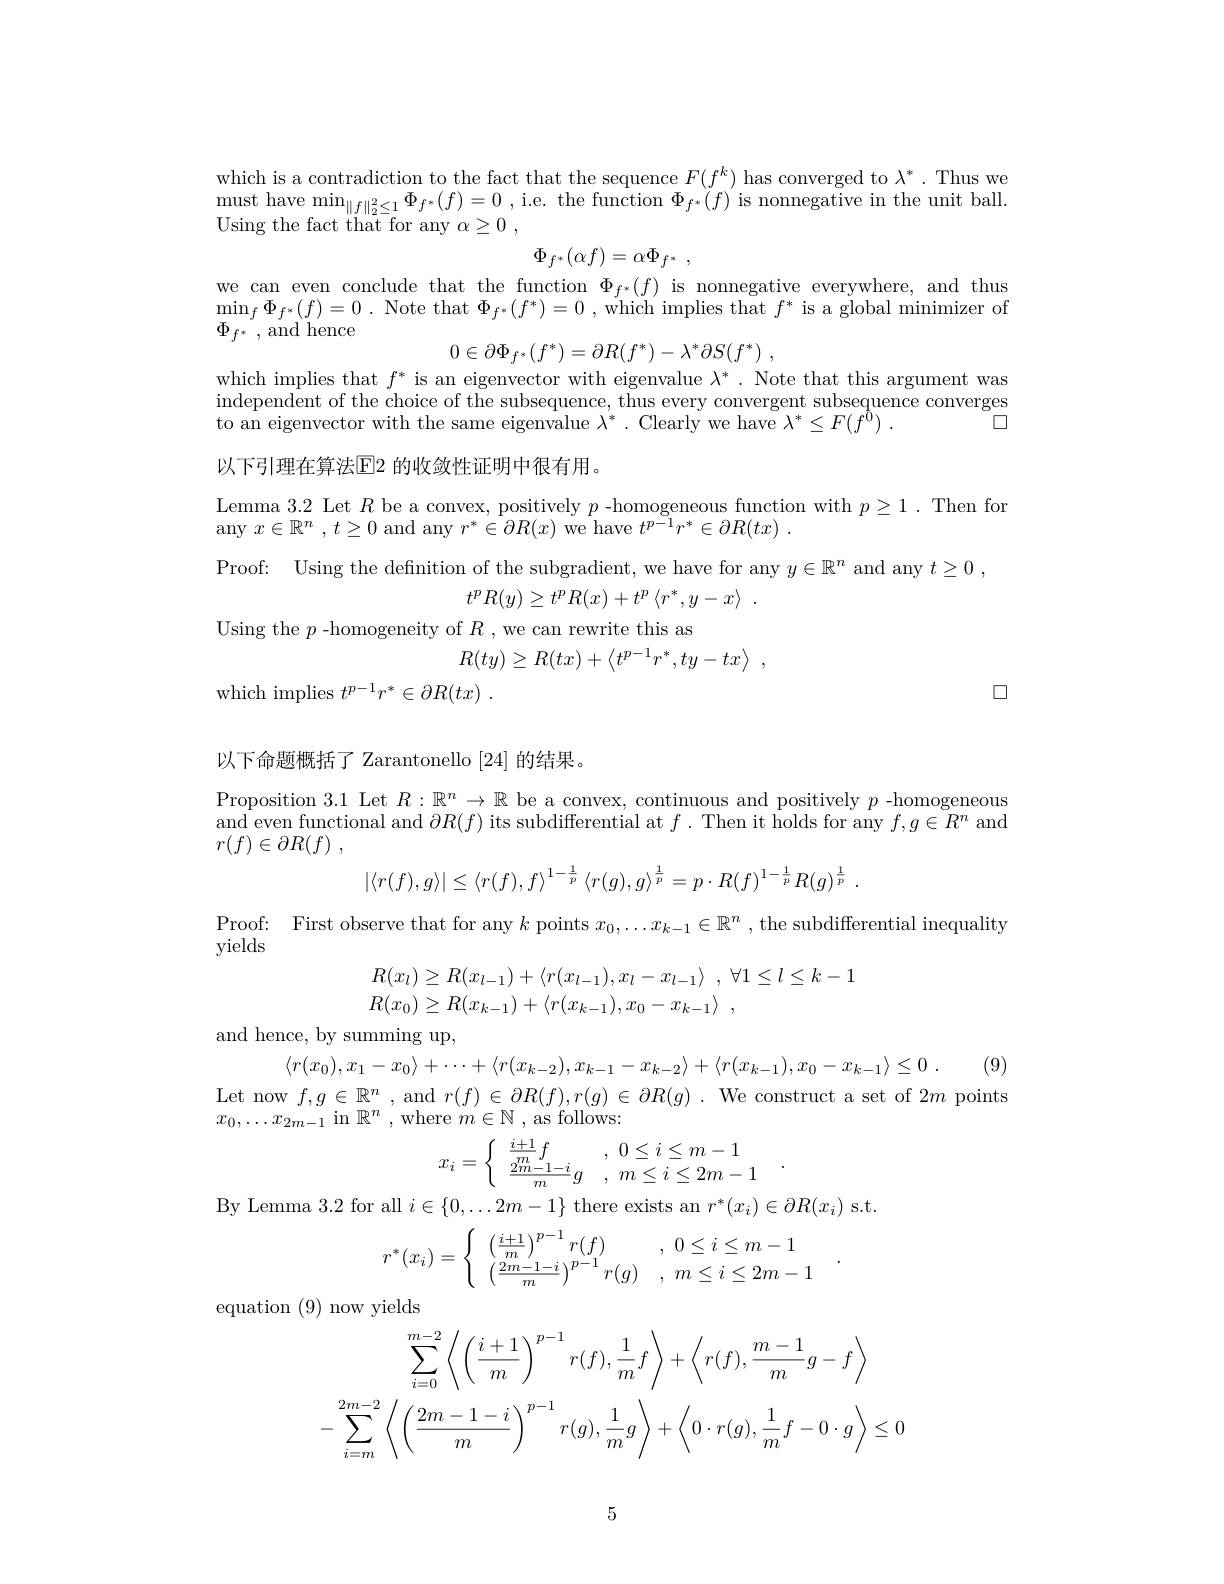
which is a contradiction to the fact that the sequence $F(f^k)$ has converged to $\lambda^*.$ Thus we $\begin{array}{l}{\mathrm{must~have~min}_{\|f\|_{2}^{2}\leq1}\Phi_{f^{*}}(f)=0~,~\mathrm{i.e.~the~function~}\Phi_{f^{*}}(f)~\mathrm{is~nonnegative~in~the~unit~ball.}}\\{\mathrm{r.~}\phi_{1},\phi_{1},\phi_{1},\phi_{1},\phi_{1},\phi_{1},\phi_{1},\phi_{1},\phi_{1},\phi_{1},\phi_{1},\phi_{1},\phi_{1},\phi_{1},\phi_{1},\phi_{1},\phi_{1}\}}\\{\mathrm{r.~}\phi_{1},\phi_{1},\phi_{}}\end{array}$ Using the fact that for any $\alpha \geq 0$ ,
$$\Phi_{f^*}(\alpha f)=\alpha\Phi_{f^*}\:,$$
we can even conclude that the function $\Phi_{f^*}(f)$ is nonnegative everywhere, and thus $\operatorname* { min} _{f}\Phi _{f^{* }}( f) = 0$ . Note that $\Phi _{f^{* }}( f^{* }) = 0$ , which implies that $f^{*}$ is a global minimizer of $\Phi _{f^* }$ ,and hence
$$0\in\partial\Phi_{f^*}(f^*)=\partial R(f^*)-\lambda^*\partial S(f^*)\:,$$
which implies that $f^*$ is an eigenvector with eigenvalue $\lambda^*.$ Note that this argument was independent of the choice of the subsequence, thus every convergent subsequence converges
$\square$
$\bar{\text{to an eigenvector with the same eigenvalue }\lambda^*}.\bar{\text{ Clearly we have }\lambda^*}\leq F(f^{\tilde{0}})$
以下引理在算法$\mathbb{E}$2 的收敛性证明中很有用。

Lemma 3.2 Let $R$ be a convex, positively $p$ -homogeneous function with $p\geq1.$ Then for

any $x\in \mathbb{R} ^n$ , $t\geq 0$ and any $r^*\in\partial R(x)$ we have $t^p- 1r^* \in \partial R( tx)$ .

Proof: Using the definition of the subgradient, we have for any $y\in\mathbb{R}^n$ and any $t\geq 0$ ,
$$t^{p}R(y)\geq t^{p}R(x)+t^{p}\left\langle r^{*},y-x\right\rangle\:.$$
Using the $p$ -homogeneity of $R$ , we can rewrite this as
$$R(ty)\ge R(tx)+\left\langle t^{p-1}r^*,ty-tx\right\rangle\:,$$
$\square$

which implies $t^{p- 1}r^* \in \partial R( tx)$ .

以下命题概括了 Zarantonello [24]的结果。
Proposition 3.1 Let $R:\mathbb{R}^n\to\mathbb{R}$ be a convex, continuous and positively $p$ -homogeneous and even functional and $\partial R(f)$ its subdifferential at $f.$ Then it holds for any $f,g\in R^n$ and $r( f) \in \partial R( f)$ ,
$$|\langle r(f),g\rangle|\leq\langle r(f),f\rangle^{1-\frac{1}{p}}\:\langle r(g),g\rangle^{\frac{1}{p}}=p\cdot R(f)^{1-\frac{1}{p}}R(g)^{\frac{1}{p}}\:.$$
Proof: First observe that for any $k$ points $x_0,\ldots x_{k-1}\in\mathbb{R}^n$ ,the subdifferential inequality

yields
$$\begin{array}{l}R(x_l)\geq R(x_{l-1})+\langle r(x_{l-1}),x_l-x_{l-1}\rangle\:,\:\forall1\leq l\leq k-1\\R(x_0)\geq R(x_{k-1})+\langle r(x_{k-1}),x_0-x_{k-1}\rangle\:,\end{array}$$
and hence, by summing up,

$\langle r( x_{0}) , x_{1}- x_{0}\rangle + \cdots + \langle r( x_{k- 2}) , x_{k- 1}- x_{k- 2}\rangle + \langle r( x_{k- 1}) , x_{0}- x_{k- 1}\rangle \leq 0$ . (9)

Let now $f,g\in\mathbb{R}^{n}$ , and $r(f)\in\partial R(f),r(g)\in\partial R(g)$ . We construct a set of $2m$ points
$x_{0},\ldots x_{2m-1}$in$\mathbb{R}^n$,where$m\in\mathbb{N}$,asfollows:
$$x_i=\left\{\begin{array}{ll}\frac{i+1}{m}f&,\:0\leq i\leq m-1\\\frac{2m-1-i}{m}g&,\:m\leq i\leq2m-1\end{array}\right..$$
By Lemma 3.2 for all $i\in\{0,\ldots2m-1\}$ there exists an $r^*(x_i)\in\partial R(x_i)$ s.t.
$$r^*(x_i)=\left\{\begin{array}{ll}\left(\frac{i+1}{m}\right)^{p-1}r(f)&,\:0\leq i\leq m-1\\\left(\frac{2m-1-i}{m}\right)^{p-1}r(g)&,\:m\leq i\leq2m-1\end{array}\right.\quad.$$
equation (9) now yields
$$\sum_{i=0}^{m-2}\left\langle\left(\frac{i+1}{m}\right)^{p-1}r(f),\frac{1}{m}f\right\rangle+\left\langle r(f),\frac{m-1}{m}g-f\right\rangle\\-\sum_{i=m}^{2m-2}\left\langle\left(\frac{2m-1-i}{m}\right)^{p-1}r(g),\frac{1}{m}g\right\rangle+\left\langle0\cdot r(g),\frac{1}{m}f-0\cdot g\right\rangle\leq0$$
5